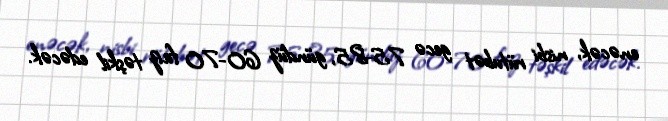
enəcək, nisbi rütubət gecə 75-85, gündüz 60-70 faiz təşkil edəcək.